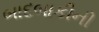
બાદબાકીની